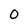
Character: 0